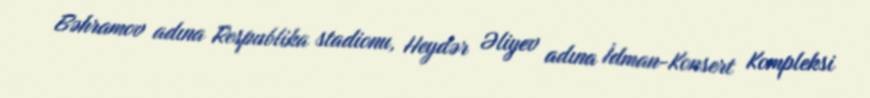
Bəhramov adına Respublika stadionu, Heydər Əliyev adına İdman-Konsert Kompleksi